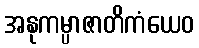
အနုကမ္ပာဇာတိကံယေဝ